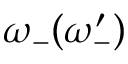
\omega _ { - } ( \omega _ { - } ^ { \prime } )